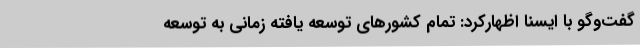
گفت‌وگو با ایسنا اظهارکرد: تمام کشورهای توسعه یافته زمانی به توسعه